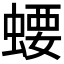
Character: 𧍔